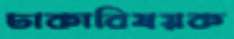
ঢাকাবিষয়ক